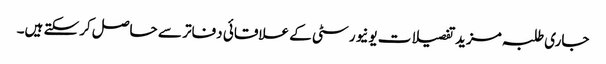
جاری طلبہ مزید تفصیلات یونیورسٹی کے علاقائی دفاتر سے حاصل کرسکتے ہیں۔